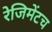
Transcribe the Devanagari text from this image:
रेजिमेंटच